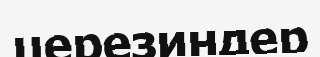
церезиндер